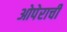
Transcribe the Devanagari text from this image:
ओपेराची